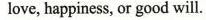
love, happiness, or good will.